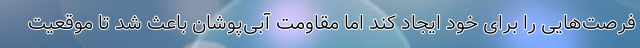
فرصت‌هایی را برای خود ایجاد کند اما مقاومت آبی‌پوشان باعث شد تا موقعیت